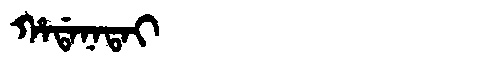
Manchu: ᡥᠠᡩᠠᠨᠠᡨᠠᡳ
Romanization: HADANATAI